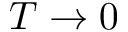
T \rightarrow 0